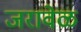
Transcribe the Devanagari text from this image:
जरावेळ